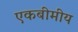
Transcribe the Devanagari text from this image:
एकबीमीय